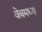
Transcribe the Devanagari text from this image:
वेबमध्ये